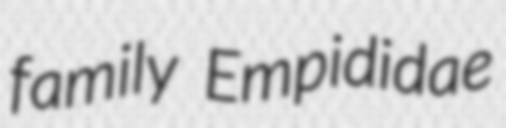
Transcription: family Empididae